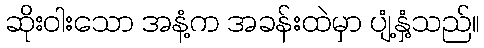
ဆိုးဝါးသော အနံ့က အခန်းထဲမှာ ပျံ့နှံ့သည်။